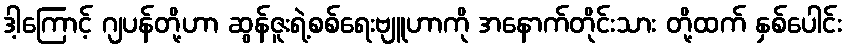
ဒါ့ကြောင့် ဂျပန်တို့ဟာ ဆွန်ဇူးရဲ့စစ်ရေးဗျူဟာကို အနောက်တိုင်းသား တို့ထက် နှစ်ပေါင်း